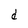
Character: d